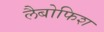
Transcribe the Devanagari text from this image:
लैबोफिश